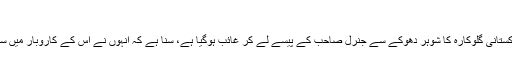
(خبر جاری ہے)
یہاں دبئی میں ایک پاکستانی گلوکارہ کا شوہر دھوکے سے جنرل صاحب کے پیسے لے کر غائب ہوگیا ہے، سنا ہے کہ انہوں نے اس کے کاروبار میں سرمایہ کاری کی تھی۔